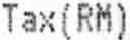
TAX(RM)